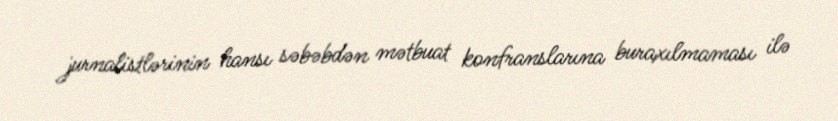
jurnalistlərinin hansı səbəbdən mətbuat konfranslarına buraxılmaması ilə